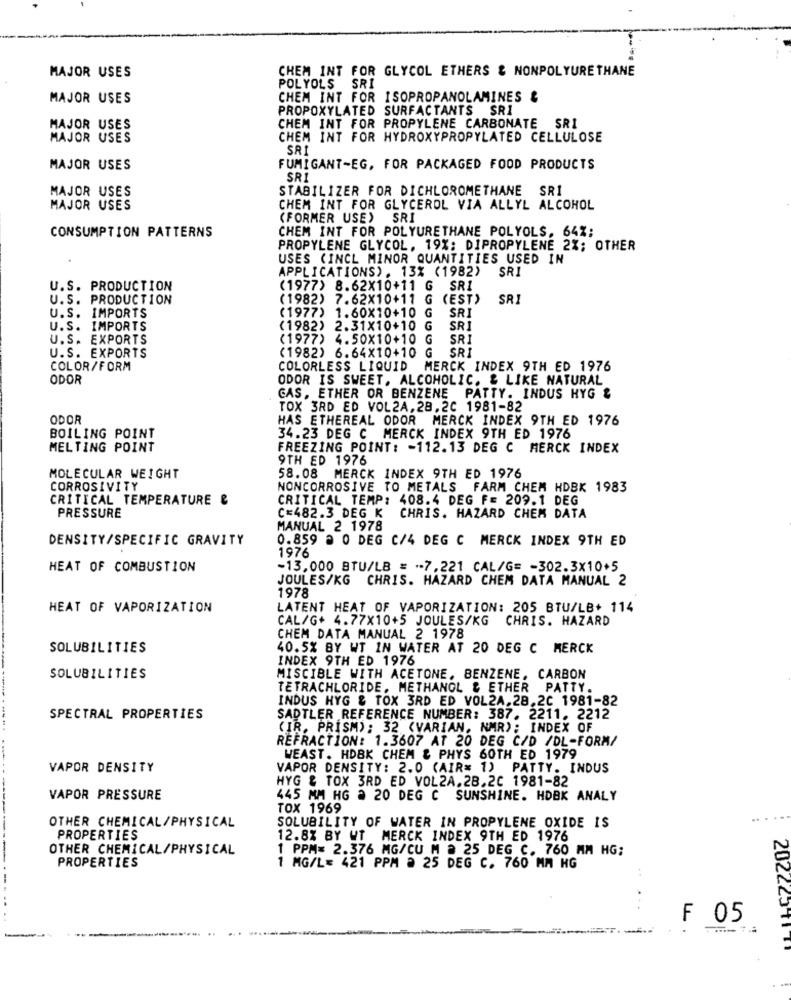
MAJOR USES
CHEM INT FOR GLYCOL ETHERS & NONPOLYURETHANE
POLYOLS SRI
MAJOR USES
CHEM INT FOR ISOPROPANOLAMINES &
PROPOXYLATED SURFACTANTS SRI
MAJOR USES
CHEM INT FOR PROPYLENE CARBONATE SRI
MAJOR USES
CHEM INT FOR HYDROXYPROPYLATED CELLULOSE
SAI
MAJOR USES
FUMIGANT-EG, FOR PACKAGED FOOD PRODUCTS
SRI
MAJOR USES
STABILIZER FOR DICHLOROMETHANE SRI
MAJOR USES
CHEM INT FOR GLYCEROL VIA ALLYL ALCOHOL
(FORMER USE) SRI
CONSUMPTION PATTERNS
CHEM INT FOR POLYURETHANE POLYOLS, 64%;
PROPYLENE GLYCOL, 19%: DIPROPYLENE 2%; OTHER
USES (INCL MINOR QUANTITIES USED IN
APPLICATIONS). 13% (1982)
SRI
U.S. PRODUCTION
(1977) 8.62X10+11 G SR1
U.S. PRODUCTION
(1982) 7.62x10+11 G (EST)
SRI
SR
U.S. IMPORTS
(1977) 1.60X10+10 G
U.S. IMPORTS
(1982) 2.31X10+10 G
SRI
U.S. EXPORTS
(1977) 4.50X10+10
SR
U.S. EXPORTS
(1982) 6.64X10+10 G
SRI
COLOR/FORM
COLORLESS LIQUID MERCK INDEX 9TH ED 1976
ODOR
ODOR IS SWEET. ALCOHOLIC. & LIKE NATURAL
CAS, ETHER OR BENZENE PATTY. INDUS HYG &
TOX 3RD ED VOL2A, 28,20 1981-82
ODOR
HAS ETHEREAL ODOR MERCK INDEX 9TH ED 1976
BOILING POINT
34.23 DEG C MERCK INDEX 9TH ED 1976
MELTING POINT
FREEZING POINT: - 112.13 DEG C MERCK INDEX
9TH ED 1976
MOLECULAR WEIGHT
58.08 MERCK INDEX 9TH ED 1976
CORROSIVITY
NONCORROSIVE TO METALS FARM CHEM HDBK 1983
CRITICAL TEMPERATURE &
CRITICAL TEMP: 408.4 DEG F= 209.1 DEG
PRESSURE
C=482.3 DEG K
CHRIS. HAZARD CHEM DATA
MANUAL 2 1978
DENSITY/SPECIFIC GRAVITY
0.859 @ 0 DEG C/4 DEG C MERCK INDEX 9TH ED
1976
HEAT OF COMBUSTION
-13,000 BTU/LB = - 7,221 CAL/G= - 302.3x10+5
JOULES/KG CHRIS. HAZARD CHEM DATA MANUAL 2
1978
HEAT OF VAPORIZATION
LATENT HEAT OF VAPORIZATION: 205 BTU/LB+ 114
CAL/G+ 4.77x10+5 JOULES/KG
CHRIS. HAZARD
CHEM DATA MANUAL 2 1978
SOLUBILITIES
40.5% BY WT IN WATER AT 20 DEG C MERCK
INDEX 9TH ED 1976
SOLUBILITIES
MISCIBLE WITH ACETONE, BENZENE, CARBON
TETRACHLORIDE, METHANGL & ETHER PATTY.
INDUS HYG & TOX 3RD ED VOL2A.28.20 1981-82
SPECTRAL PROPERTIES
SADTLER REFERENCE NUMBER: 387. 2211. 2212
(IR. PRISM): 32 (VARIAN, NMR): INDEX OF
REFRACTION: 1.3607 AT 20 DEG C/D /DL-FORM/
WEAST. HDBK CHEM & PHYS 60TH ED 1979
VAPOR DENSITY
VAPOR DENSITY: 2.0 (AIR= 1) PATTY. INDUS
HYG & TOX 3RD ED VOL2A.28.20 1981-82
VAPOR PRESSURE
445 MM HG 2 20 DEG C SUNSHINE. HDBK ANALY
TOX 1969
.. ....
OTHER CHEMICAL/PHYSICAL
SOLUBILITY OF WATER IN PROPYLENE OXIDE IS
PROPERTIES
12.8% BY WT MERCK INDEX 9TH ED 1976
OTHER CHEMICAL/PHYSICAL
1 PPM= 2.376 MG/CU M ª 25 DEG C. 760 MM HG;
PROPERTIES
1 MG/L= 421 PPM à 25 DEG C. 760 MM HG
. .
F 05
202225-717